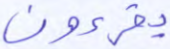
يقرءون